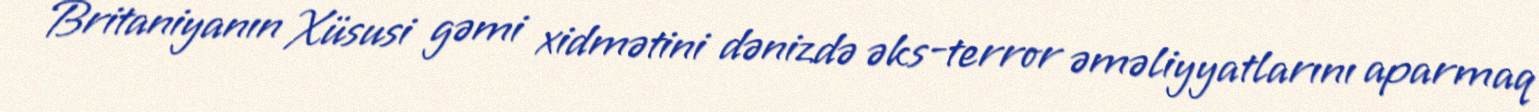
Britaniyanın Xüsusi gəmi xidmətini dənizdə əks-terror əməliyyatlarını aparmaq